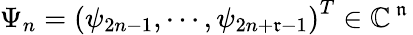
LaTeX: \Psi_{n}=\left(\psi_{2n-1},\cdots,\psi_{2n+\mathfrak{r}-1}\right)^{T}\in\mathbb{C}^{{\, \mathfrak{n}\, }}